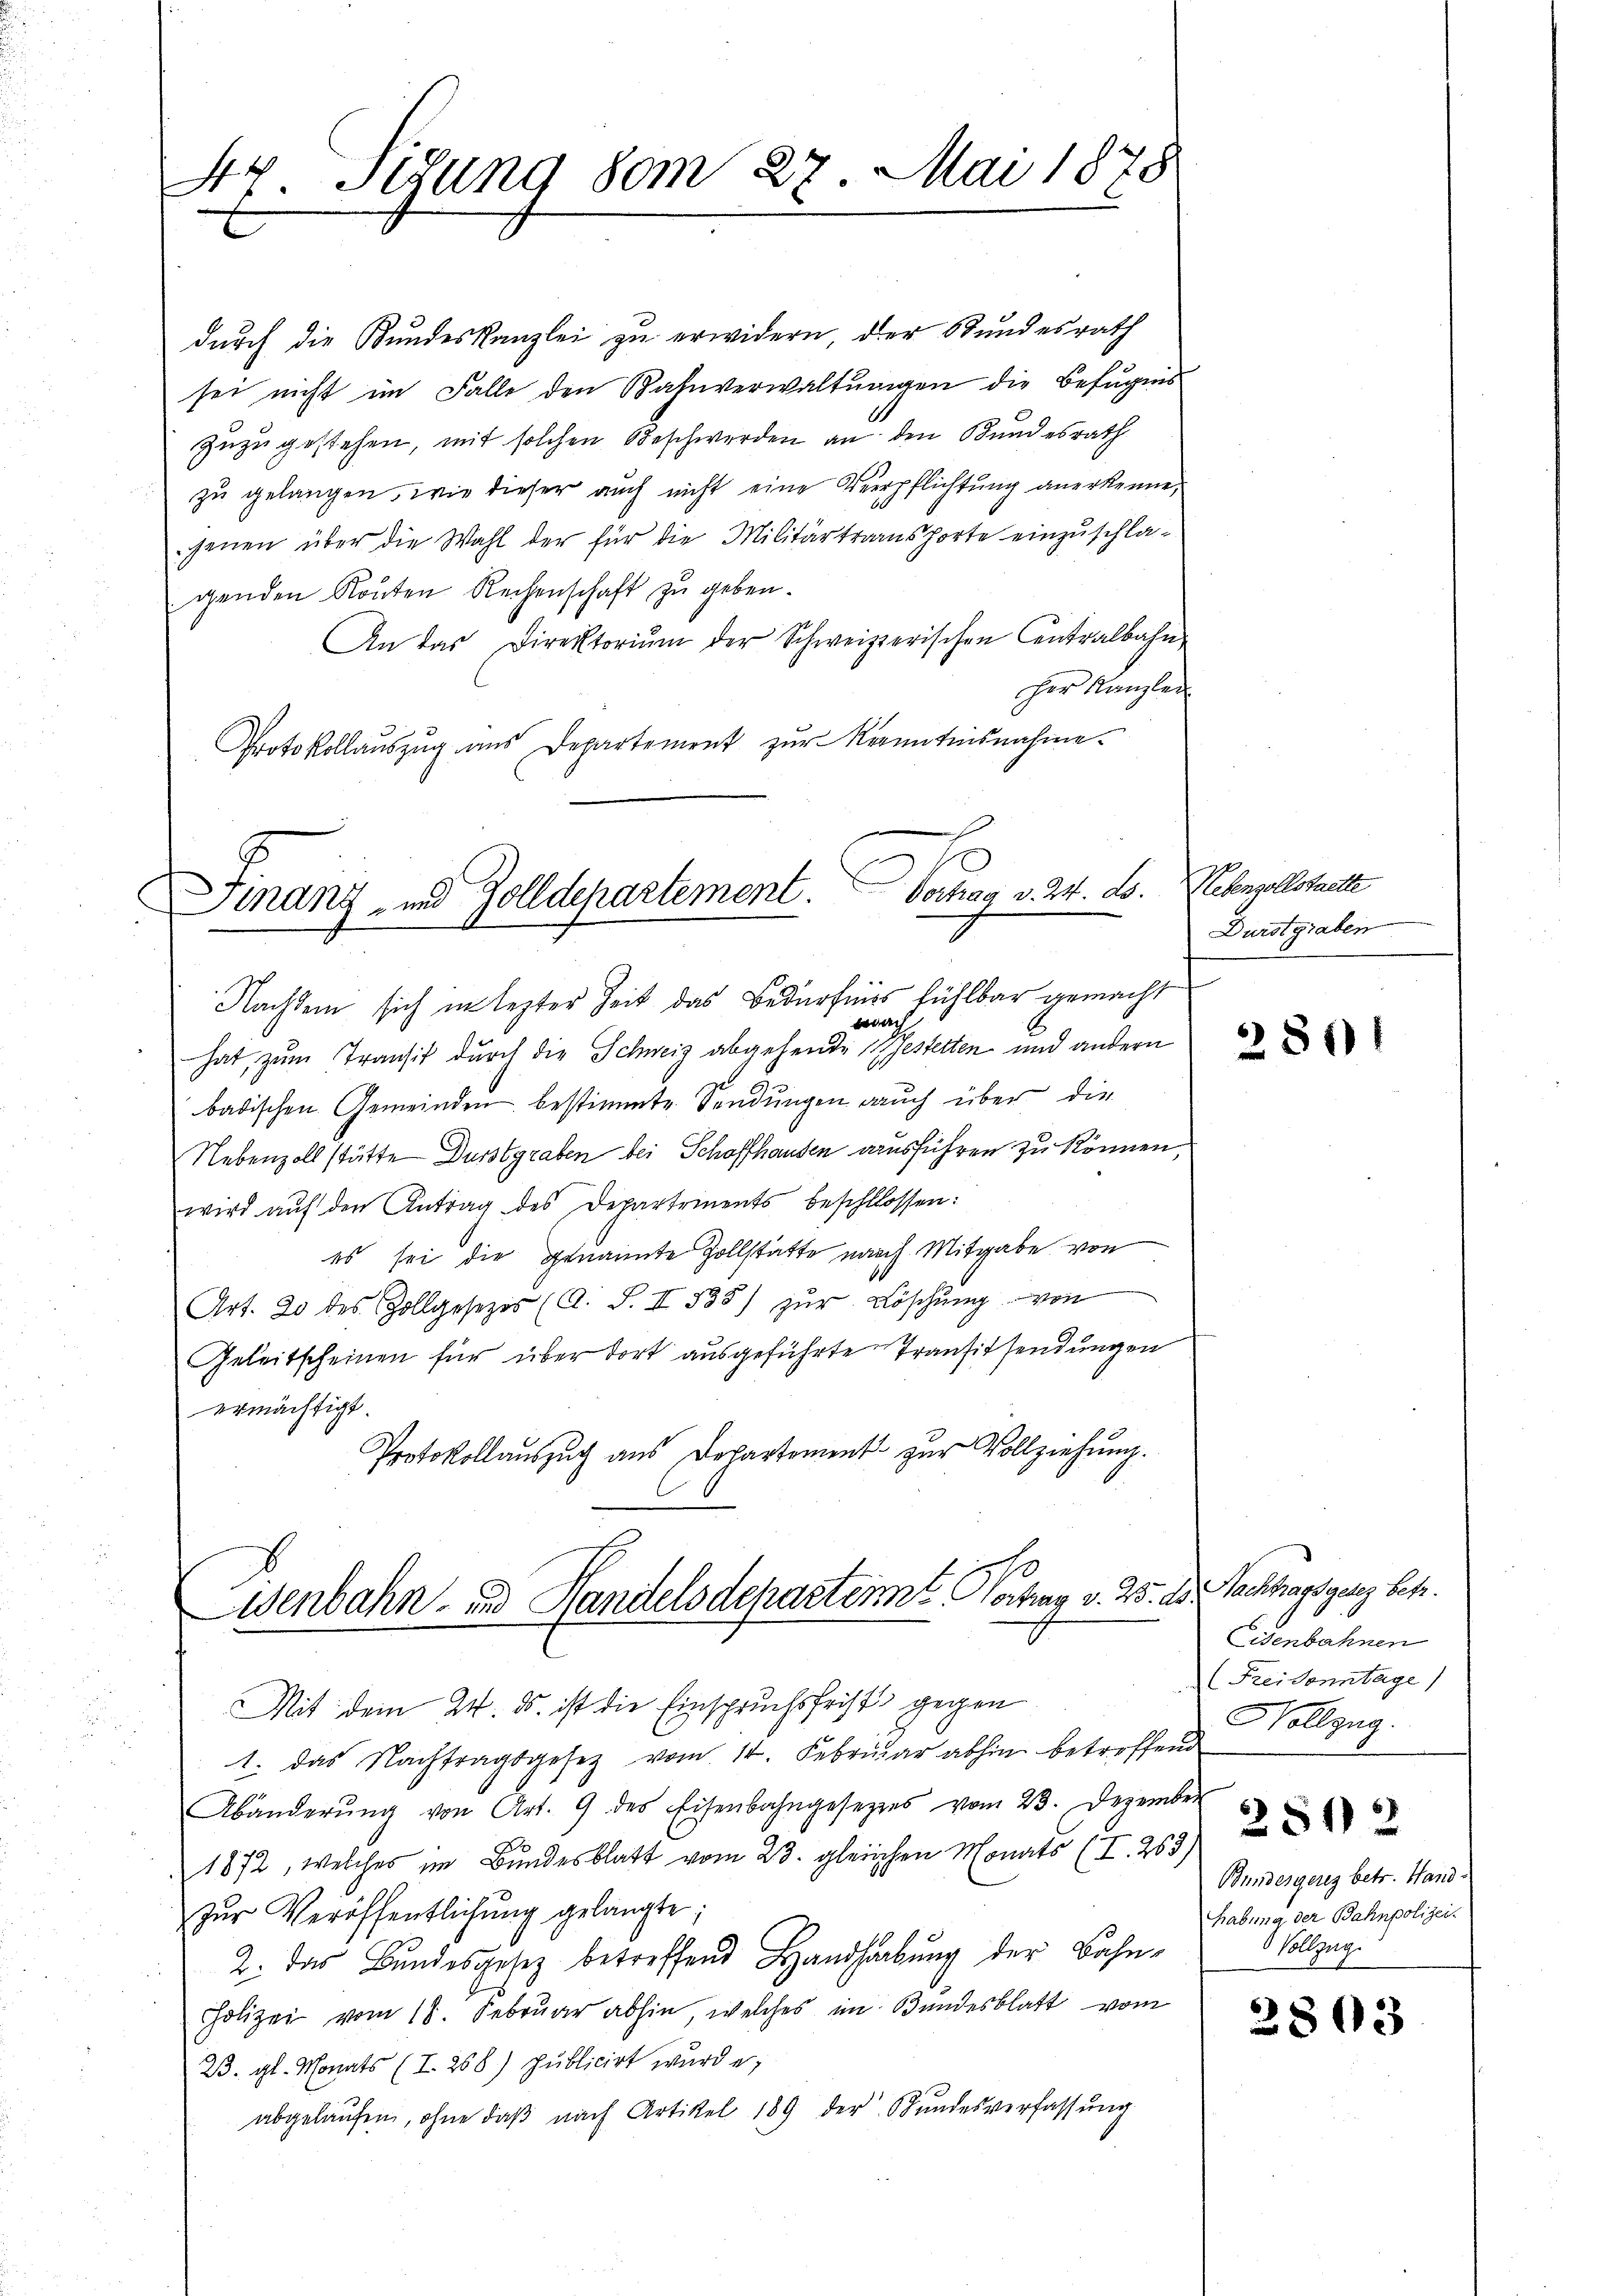
47. Itzung vom 27. Mai 1878

durch die Bundeskanzlei zu erwidern, der Bundesrath
sei nicht im Falle den Bahnverwaltungen die Befugnis
Zuzugestehen, mit solchen Beschwerden an den Bundesrath
zu gelangen, wie dieser auch nicht eine Verpflichtung anerkenne,
jenen über die Wahl der für die Militärtransporte einzuschlagenden Routen Rechenschaft zu geben.
An das Direktoriŭm der Schweizerischen Centralbahn
her Kanzlei
Protokollauszug aus Departement zur kanntnisnahme.

Finanz- und Zolldepartement. Vorhag v. 24. L.
Nachdem sich in lezter Zeit das Bedürfniss fühlbar gemacht

wach
hat, zum Transit durch die Schweiz abgehende Gestetten und andern
badischen Gemeinden bestimmte Sendungen auch über die
Nebenzoll stätte Durstgraben bei Schaffhausen ausführen zu können,
wird aŭf den Antrag des Departements beschlossen:
es sei die genannte Zollstätte nach Mitgabe von
Art. 20 des Zollgesetzes (A. S. II 538) zŭr Löschŭng von
Geleitscheinen für über dort ausgeführte Transitsendungen
ermächtigt.
Protokollauszug aus Departement zur Vollziehung.
Wenbahn- und Handelsdepartemmt Vortrag v. 25. ds. Nachtrags ganz betr.

Nebenzollstrette
Durstgraben.

Mit dem 24. ds. ist die Einspruchsfrist gegen
1. das Nachtragsgesetz vom 14. Febrŭar abhin betreffend
Abänderŭng von Art. 9 des Eisenbahngesetzes vom 23. Dezember
1872, welches im Bundesblatt vom 23. gleichen Monats (I. 263)
zŭr Veröffentlichung gelangte;
2. das Bundesgesetz betreffend Handhabŭng der Bahn-
Polizei vom 18. Februar abhin, welches im Bundesblatt vom
23. gl. Monats (I. 268) publicirt wurde,
abgelaŭfen, ohne daβ nach Artikel 189 der Stŭndesverfassŭng

2801

Eisenbahnen
(Freisonntage)
Hollzug.
2812
Bundesgeres betr. Hand-
habung der Bahnpolizei.
 Vollzug.

2803